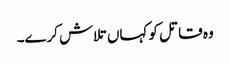
وہ قاتل کو کہاں تلاش کرے۔